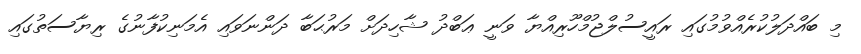
މި ބައްދަލުކުރެއްވުމުގައި ރައީސުލްޖުމްހޫރިއްޔާ ވަނީ ޢަބްދު ޝާހިދަށް މަރުޙަބާ ދަންނަވައި އެމަނިކުފާނުގެ ރިޔާސަތުގައި